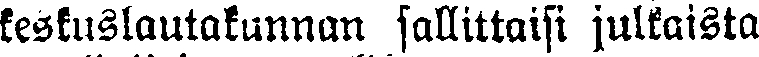
keskuslautakunnan sallittaisi julkaista